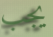
يجب